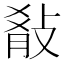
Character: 𭣷